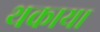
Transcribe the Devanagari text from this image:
थकाया